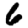
Digit: 6